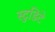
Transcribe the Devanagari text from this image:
स्टुडिटे